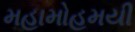
મહામોહમયી